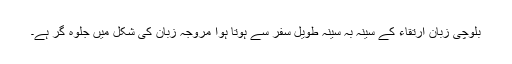
بلوچی زبان ارتقاء کے سینہ بہ سینہ طویل سفر سے ہوتا ہوا مروجہ زبان کی شکل میں جلوہ گر ہے۔